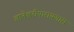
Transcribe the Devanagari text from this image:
ज्ञानेश्वरीपारायणास